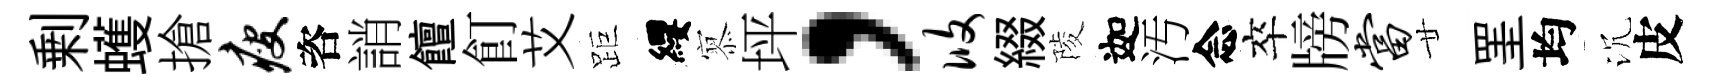
剰蠖搶瘦咨誚饘飣艾距纓𡪹坪，攸綴陵迦汚念卒牓当廿罣均沉皮